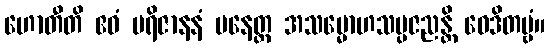
ဟောတီတိ ဧဝံ ပရိဇာနနံ ပနေတ္ထ အသမ္မောဟသမ္ပဇညန္တိ ဝေဒိတဗ္ဗံ။